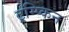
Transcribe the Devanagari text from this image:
ट्रम्प्किन